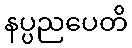
နပ္ပညပေတိ